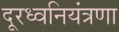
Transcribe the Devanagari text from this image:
दूरध्वनियंत्रणा